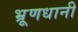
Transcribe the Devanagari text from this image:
भ्रूणधानी